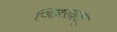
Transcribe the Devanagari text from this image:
जिब्रराइल्